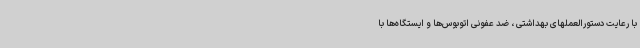
با رعایت دستورالعملهای بهداشتی ، ضد عفونی اتوبوس‌ها و ایستگاه‌ها با